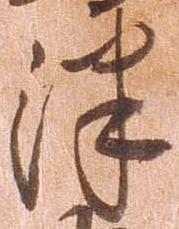
津